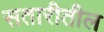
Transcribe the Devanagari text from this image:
सतारीतील